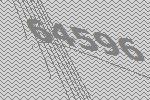
64596